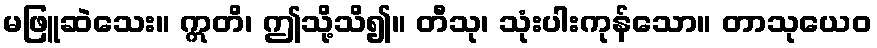
မဖြူဆဲသေး။ ဣတိ၊ ဤသို့သိ၍။ တီသု၊ သုံးပါးကုန်သော။ တာသုယေဝ